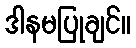
ဒါနမပြုချင်။